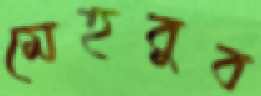
মেহবুব